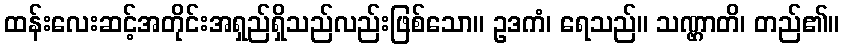
ထန်းလေးဆင့်အတိုင်းအရှည်ရှိသည်လည်းဖြစ်သော။ ဥဒကံ၊ ရေသည်။ သဏ္ဌာတိ၊ တည်၏။